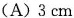
(A)3cm